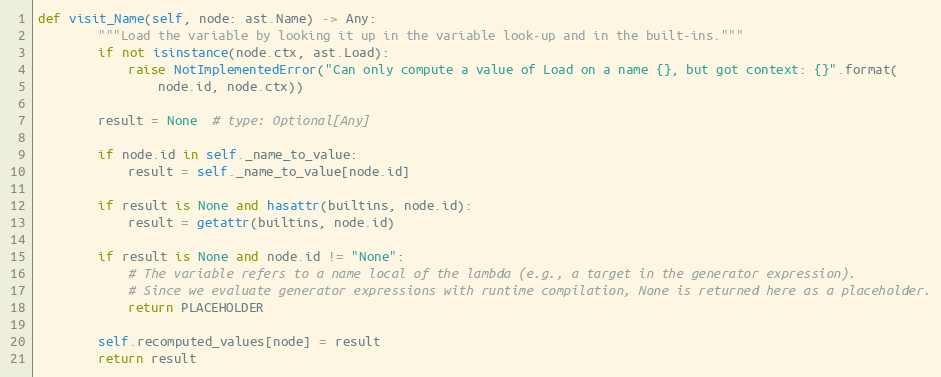
Language: Python
def visit_Name(self, node: ast.Name) -> Any:
        """Load the variable by looking it up in the variable look-up and in the built-ins."""
        if not isinstance(node.ctx, ast.Load):
            raise NotImplementedError("Can only compute a value of Load on a name {}, but got context: {}".format(
                node.id, node.ctx))

        result = None  # type: Optional[Any]

        if node.id in self._name_to_value:
            result = self._name_to_value[node.id]

        if result is None and hasattr(builtins, node.id):
            result = getattr(builtins, node.id)

        if result is None and node.id != "None":
            # The variable refers to a name local of the lambda (e.g., a target in the generator expression).
            # Since we evaluate generator expressions with runtime compilation, None is returned here as a placeholder.
            return PLACEHOLDER

        self.recomputed_values[node] = result
        return result